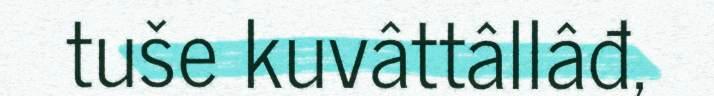
tuše kuvâttâllâđ,